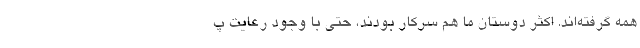
همه گرفته‌اند. اکثر دوستان ما هم سرکار بودند، حتی با وجود رعایت پ